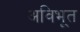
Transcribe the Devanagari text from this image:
अविभूत